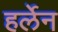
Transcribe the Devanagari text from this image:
हर्लेन